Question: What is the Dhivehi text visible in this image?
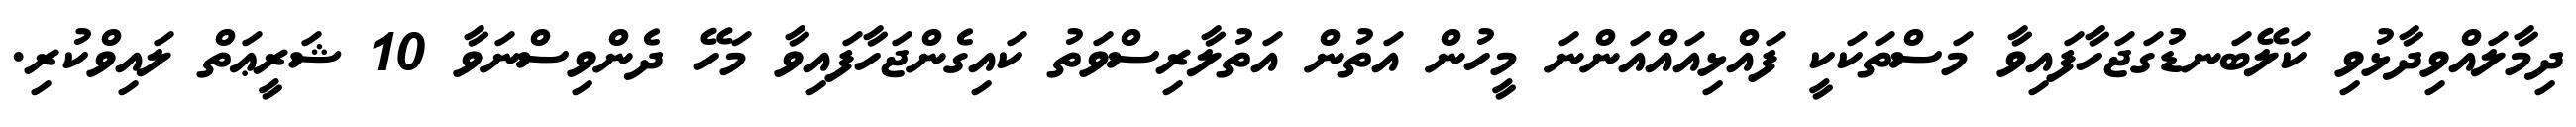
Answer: ދިމާލައްވިދާޅުވި ކަލޭބަނޑުގަޖަހާފައިވާ މަސްތަކަކީ ފައްޅިއައްއަންނަ މީހުން އަތުން އަތުލާރިސްވަތު ކައިގެންޖަހާފައިވާ މަހޭ ދެންވިސްނަވާ 10 ޝަރީޢަތް ލައިވްކުރި.